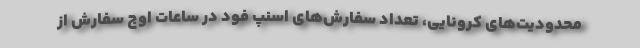
محدودیت‌های کرونایی، تعداد سفارش‌های اسنپ فود در ساعات اوج سفارش از